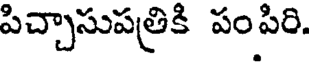
పిచ్చాసుపత్రికి పంపిరి.